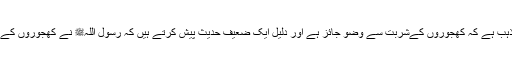
اسی طر ح حنفیہ کا مذہب ہے کہ کھجوروں کےشربت سے وضو جائز ہے اور دلیل ایک ضعیف حدیث پیش کرتے ہیں کہ رسول اللہﷺ نے کھجوروں کے شربت سے وضو کیا۔